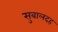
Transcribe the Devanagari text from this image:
सुबालदह